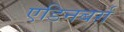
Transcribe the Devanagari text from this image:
एडिनबर्ग़